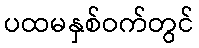
ပထမနှစ်ဝက်တွင်